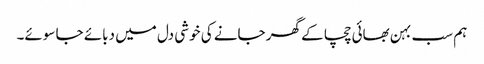
ہم سب بہن بھائی چچا کے گھر جانے کی خوشی دل میں دبائے جا سوئے۔